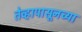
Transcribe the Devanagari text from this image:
तेव्हापासूनच्या